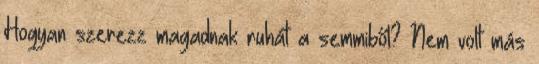
Hogyan szerezz magadnak ruhát a semmiből? Nem volt más